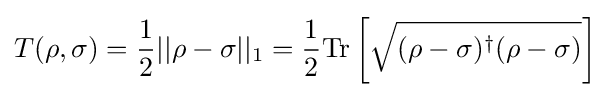
T(\rho ,\sigma )={\frac {1}{2}}||\rho -\sigma ||_{1}={\frac {1}{2}}\mathrm {Tr} \left[{\sqrt {(\rho -\sigma )^{\dagger }(\rho -\sigma )}}\right]